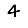
Digit: 4